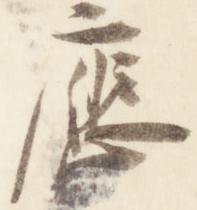
応